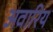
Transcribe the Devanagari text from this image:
अवारिय